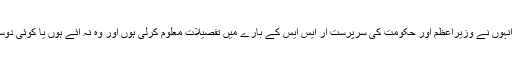
ہوسکتا ہے انہوں نے وزیراعظم اور حکومت کی سرپرست آر ایس ایس کے بارے میں تفصیلات معلوم کرلی ہوں اور وہ نہ آئے ہوں یا کوئی دوسرا سبب ہو؟